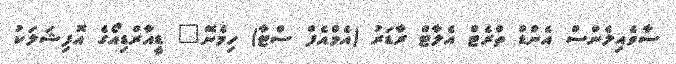
ސާވެއިލެންސް އެންޑް ތްރެޓް އެލާޓް ރާޑަރު (އެމްއެފް ސްޓާ) ހިމެނޭ" ޑީއާރްޑިއޯގެ އޮފިޝަލަކު